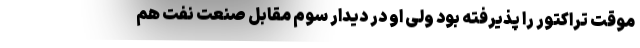
موقت تراکتور را پذیرفته بود ولی او در دیدار سوم مقابل صنعت نفت هم